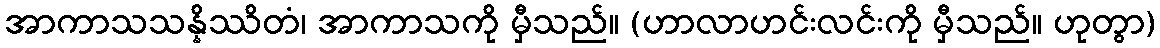
အာကာသသန္နိဿိတံ၊ အာကာသကို မှီသည်။ (ဟာလာဟင်းလင်းကို မှီသည်။ ဟုတွာ)